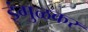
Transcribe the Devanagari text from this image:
इंगुळकर